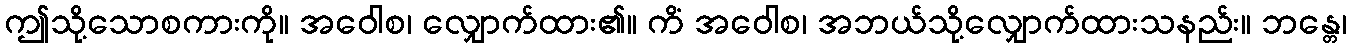
ဤသို့သောစကားကို။ အဝေါစ၊ လျှောက်ထား၏။ ကိံ အဝေါစ၊ အဘယ်သို့လျှောက်ထားသနည်း။ ဘန္တေ၊